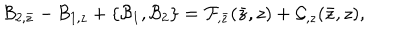
LaTeX: { \cal B } _ { 2 , \bar { z } } - { \cal B } _ { 1 , z } + \{ { \cal B } _ { 1 } , { \cal B } _ { 2 } \} = { \cal F } _ { , \bar { z } } ( \bar { z } , z ) + { \cal G } _ { , z } ( \bar { z } , z ) ,